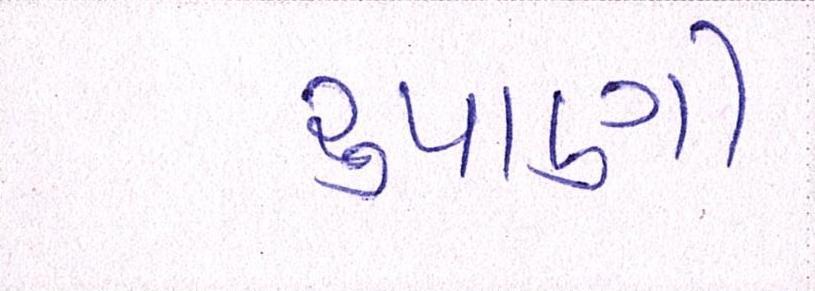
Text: રૃપાણી